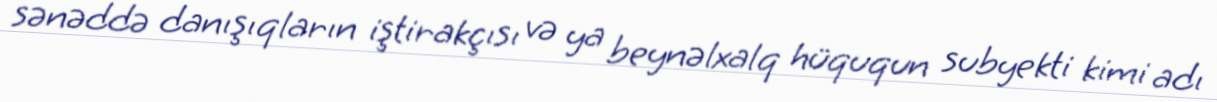
sənəddə danışıqların iştirakçısı və ya beynəlxalq hüququn subyekti kimi adı